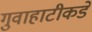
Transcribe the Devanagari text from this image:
गुवाहाटीकडे